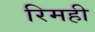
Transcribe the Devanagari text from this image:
रिमही